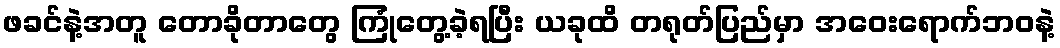
ဖခင်နဲ့အတူ တောခိုတာတွေ ကြုံတွေ့ခဲ့ရပြီး ယခုထိ တရုတ်ပြည်မှာ အဝေးရောက်ဘဝနဲ့